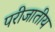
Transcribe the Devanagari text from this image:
परीजातीय